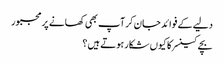
دلیے کے فوائد جان کر آپ بھی کھانے پر مجبور
بچے کینسر کا کیوں شکار ہوتے ہیں؟